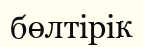
бөлтірік